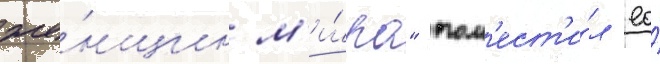
же́нщин м'и́ра" пом'ест'и́л ео́